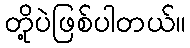
တို့ပဲဖြစ်ပါတယ်။